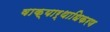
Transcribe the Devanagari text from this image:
वाक्यार्थाधिकरण